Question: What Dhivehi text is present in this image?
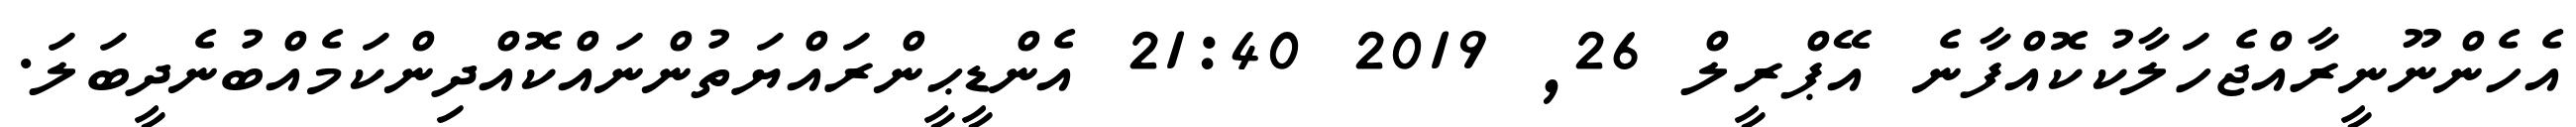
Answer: އެހެންނޫނީރާއްޖެހަލާކުކޮއްފާނެ އޭޕްރީލް 26, 2019 21:40 އެންޑީޙީންރައްޔަތުންނައްކޮއްދިންކަމެއްބުނެދީބަލަ.